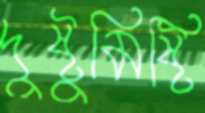
দুষ্টুমিষ্টি